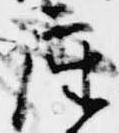
座